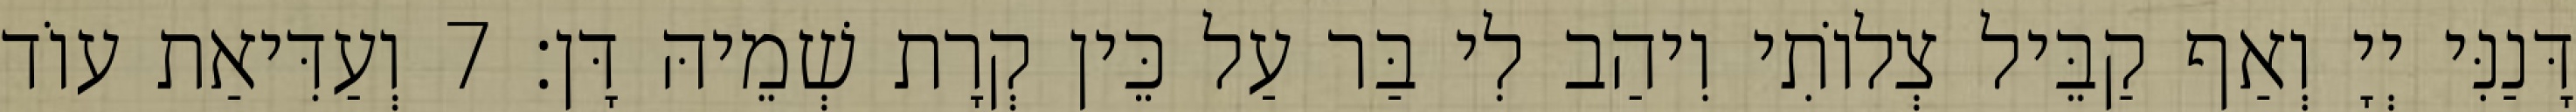
דָּנַנִּי יְיָ וְאַף קַבֵּיל צְלוֹתִי וִיהַב לִי בַּר עַל כֵּין קְרָת שְׁמֵיהּ דָּן׃ 7 וְעַדִּיאַת עוֹד